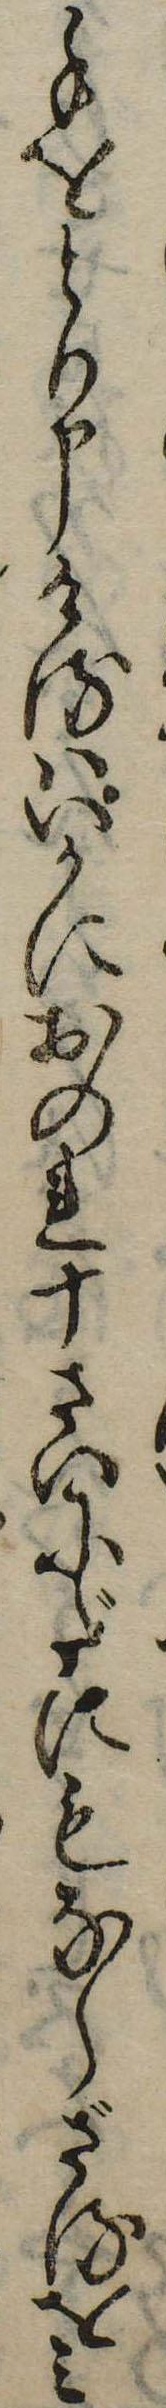
手をとり申けるはいかにおのれ十さいにだにもならざるをみ